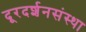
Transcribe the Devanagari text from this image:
दूरदर्शनसंस्था